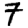
Digit: 7